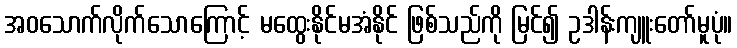
အဝသောက်လိုက်သောကြောင့် မထွေးနိုင်မအံနိုင် ဖြစ်သည်ကို မြင်၍ ဥဒါန်းကျူးတော်မူပုံ။